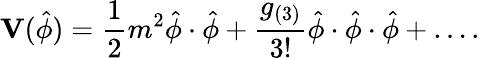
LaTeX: \mathbf{V}(\hat{\phi})=\frac{1}{2}m^{2}\hat{\phi}\cdot\hat{\phi}+\frac{g_{(3)}}{3!}\hat{\phi}\cdot\hat{\phi}\cdot\hat{\phi}+\dots.